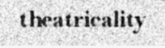
theatricality